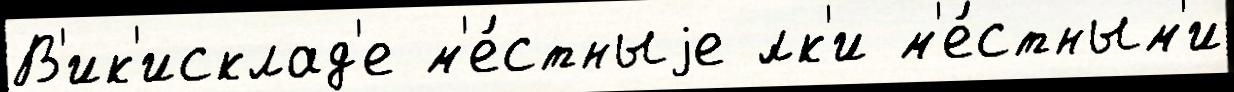
В'ик'исклад'е м'е́стныjе ́лк'и м'е́стным'и